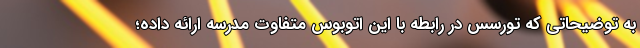
به توضیحاتی که تورسس در رابطه با این اتوبوس متفاوت مدرسه ارائه داده؛